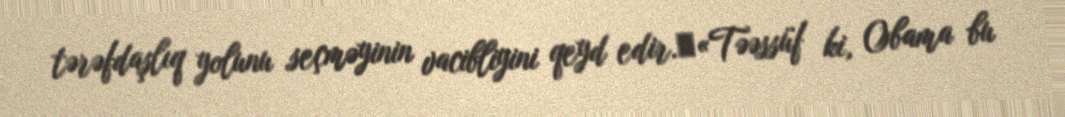
tərəfdaşlıq yolunu seçməyinin vacibliyini qeyd edir.​«Təəssüf ki, Obama bu